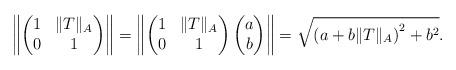
LaTeX: \begin{align*}\left\|\begin{pmatrix}1&\|T\|_A \\0&1\end{pmatrix}\right\|=\left\|\begin{pmatrix}1&\|T\|_A \\0&1\end{pmatrix}\begin{pmatrix}a\\b\end{pmatrix}\right\|=\sqrt{\left(a+b\|T\|_A\right)^2+b^2}.\end{align*}